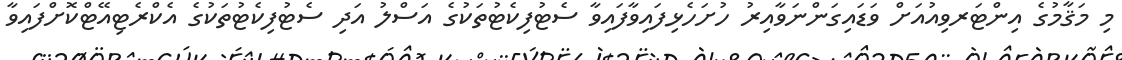
މި މަޤާމުގެ އިންޓަރވިއުއަށް ވަޑައިގަންނަވާއިރު ހުށަހެޅިފައިވާފައިވާ ސެޓުފިކެޓުތަކުގެ އަސްލު އަދި ސެޓުފިކެޓުތަކުގެ އެކްރެޓިއޭޓްކޮށްފައިވާ